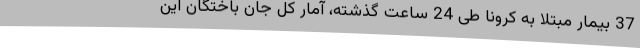
37 بیمار مبتلا به کرونا طی 24 ساعت گذشته، آمار کل جان باختگان این